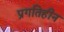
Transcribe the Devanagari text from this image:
प्रगतिहीन